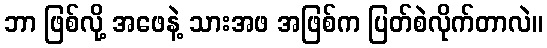
ဘာ ဖြစ်လို့ အဖေနဲ့ သားအဖ အဖြစ်က ပြတ်စဲလိုက်တာလဲ။